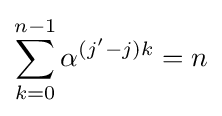
\sum _{k=0}^{n-1}\alpha ^{(j'-j)k}=n